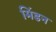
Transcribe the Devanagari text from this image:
मिंडन